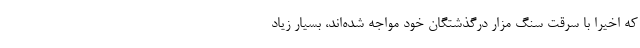
که اخیرا با سرقت سنگ مزار درگذشتگان خود مواجه شده‌اند، بسیار زیاد